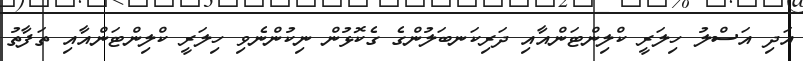
އަދި އަސްލު ހިލަރީ ކްލިންޓަންއާއި ދަރިކަނބަލުންގެ ގެކޮޅުން ނިކުންނެވި ހިލަރީ ކްލިންޓަންއާއި ތަފާތު